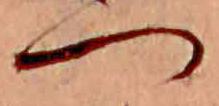
つ